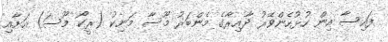
ފައިސާ އިން ހުޅުހެންވޭރު ދާއިރާގެ މެންބަރު މޫސާ މަނިކު (ރީކޯ މޫސަ) އަށާއި